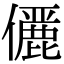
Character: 𠐚